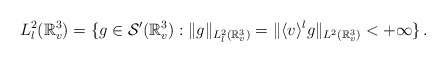
\begin{align*}L^2_l(\mathbb{R}^3_v) = \{g\in \mathcal{S}'(\mathbb{R}^3_v): \|g\|_{L^2_l(\mathbb{R}^3_v)}= \|\langle v \rangle^l g\|_{L^2(\mathbb{R}^3_v)} < +\infty \}\,.\end{align*}